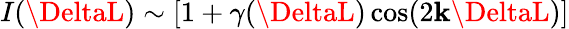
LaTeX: I(\DeltaL)\sim[1+\gamma(\DeltaL)\cos(2\mathbf{k}\DeltaL)]